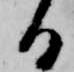
日